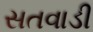
સતવાડી